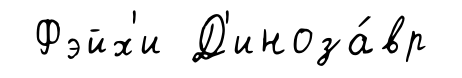
Фэйх'и Д'иноза́вр